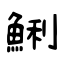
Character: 鯏